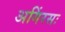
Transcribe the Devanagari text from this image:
अगिंरसः